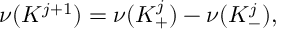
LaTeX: \nu ( { K ^ { j + 1 } } ) = \nu ( { K _ { + } ^ { j } } ) - \nu ( { K _ { - } ^ { j } } ) ,